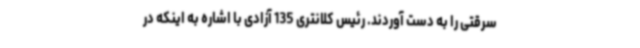
سرقتی را به دست آوردند. رئیس کلانتری 135 آزادی با اشاره به اینکه در